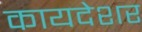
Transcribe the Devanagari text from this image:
कायदेशर